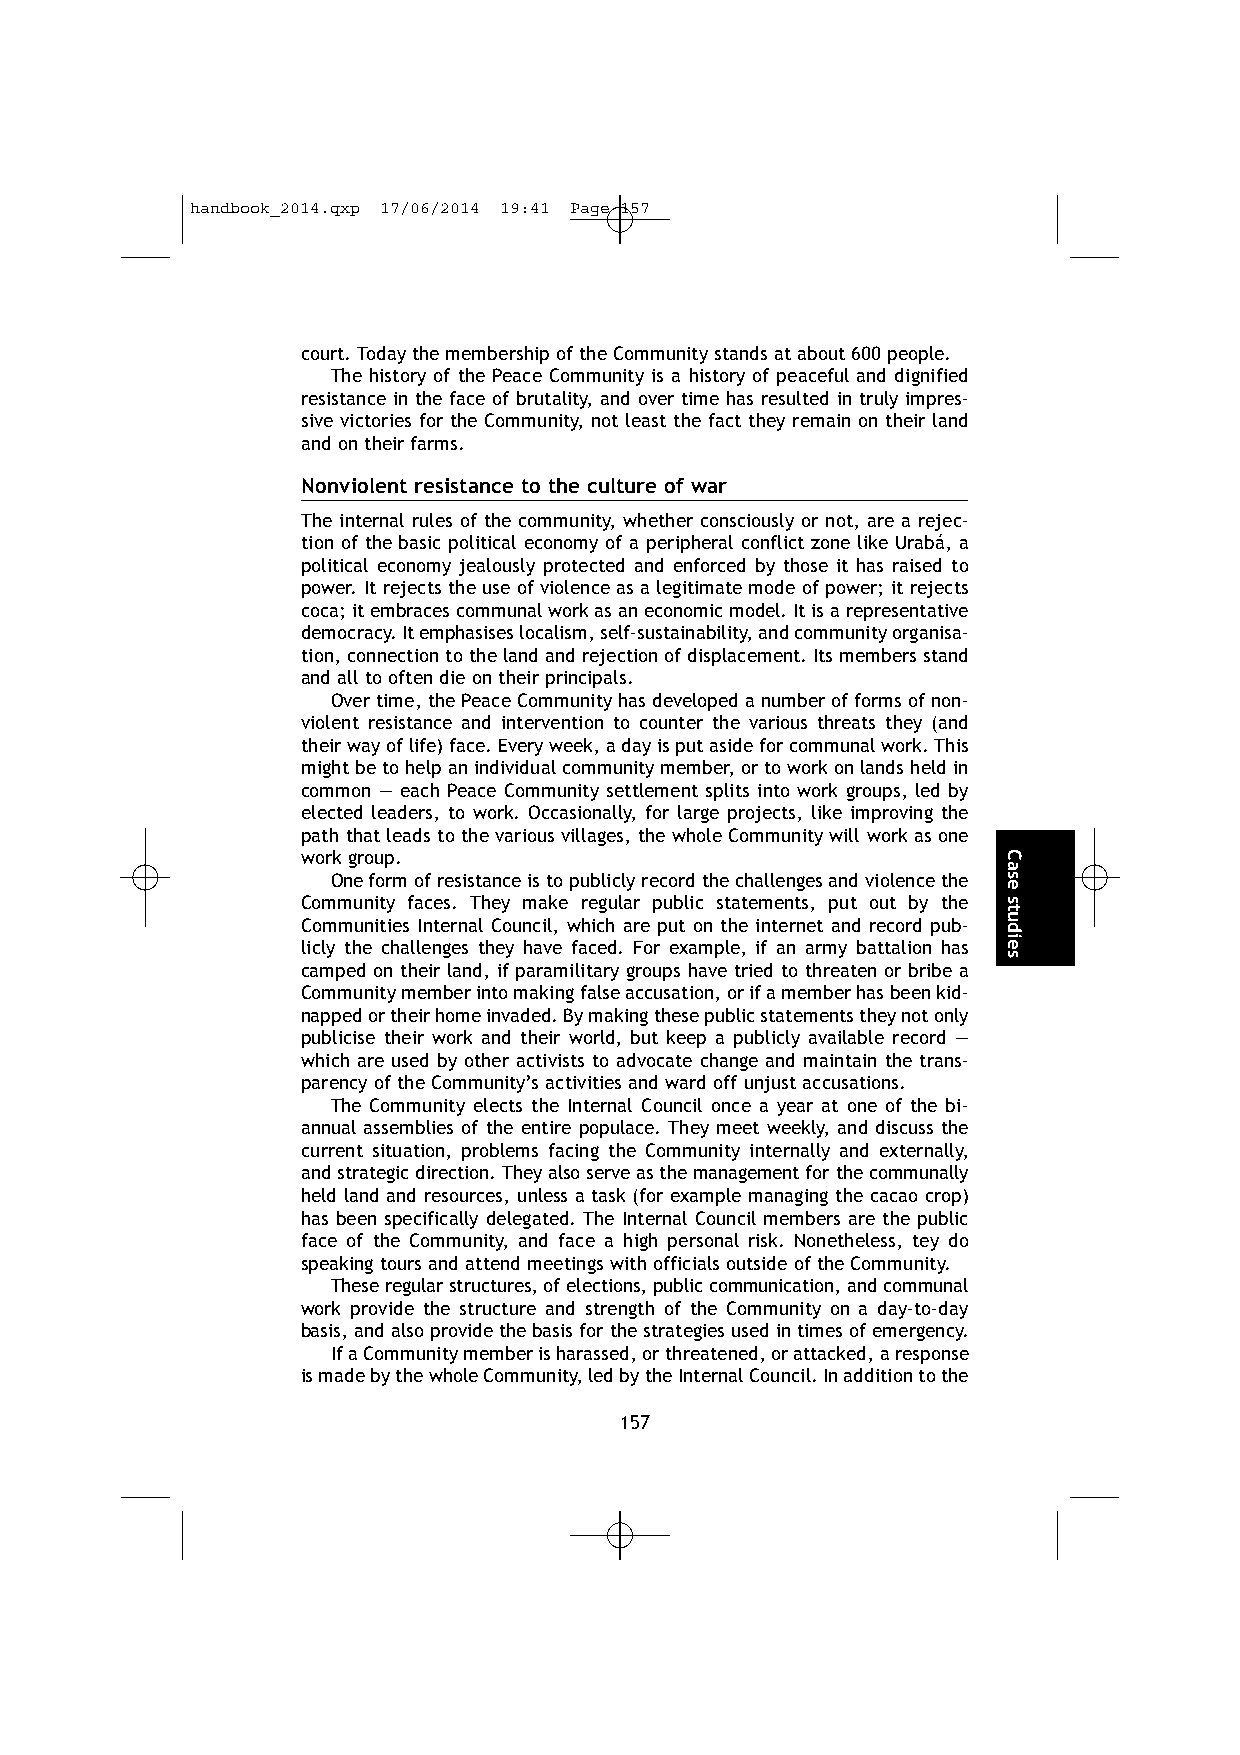
handbook_2014.qxp 17/06/2014 19:41 Page 157
 court. Today the membership of the Community stands at about 600 people.
 The history of the Peace Community is a history of peaceful and dignified
 resistance in the face of brutality, and over time has resulted in truly impres-
 sive victories for the Community, not least the fact they remain on their land
 and on their farms.
 Nonviolent resistance to the culture of war
 The internal rules of the community, whether consciously or not, are a rejec-
 tion of the basic political economy of a peripheral conflict zone like Urabá, a
 political economy jealously protected and enforced by those it has raised to
 power. It rejects the use of violence as a legitimate mode of power; it rejects
 coca; it embraces communal work as an economic model. It is a representative
 democracy. It emphasises localism, self-sustainability, and community organisa-
 tion, connection to the land and rejection of displacement. Its members stand
 and all to often die on their principals.
 Over time, the Peace Community has developed a number of forms of non-
 violent resistance and intervention to counter the various threats they (and
 their way of life) face. Every week, a day is put aside for communal work. This
 might be to help an individual community member, or to work on lands held in
 common — each Peace Community settlement splits into work groups, led by
 elected leaders, to work. Occasionally, for large projects, like improving the
 path that leads to the various villages, the whole Community will work as one
 work group.
 One form of resistance is to publicly record the challenges and violence the
 Community faces. They make regular public statements, put out by the
 Communities Internal Council, which are put on the internet and record pub-
 licly the challenges they have faced. For example, if an army battalion has
 camped on their land, if paramilitary groups have tried to threaten or bribe a
 Community member into making false accusation, or if a member has been kid-
 napped or their home invaded. By making these public statements they not only
 publicise their work and their world, but keep a publicly available record —
 which are used by other activists to advocate change and maintain the trans-
 parency of the Community’s activities and ward off unjust accusations.
 The Community elects the Internal Council once a year at one of the bi-
 annual assemblies of the entire populace. They meet weekly, and discuss the
 current situation, problems facing the Community internally and externally,
 and strategic direction. They also serve as the management for the communally
 held land and resources, unless a task (for example managing the cacao crop)
 has been specifically delegated. The Internal Council members are the public
 face of the Community, and face a high personal risk. Nonetheless, tey do
 speaking tours and attend meetings with officials outside of the Community.
 These regular structures, of elections, public communication, and communal
 work provide the structure and strength of the Community on a day-to-day
 basis, and also provide the basis for the strategies used in times of emergency.
 If a Community member is harassed, or threatened, or attacked, a response
 is made by the whole Community, led by the Internal Council. In addition to the
 157
 Case
 studies